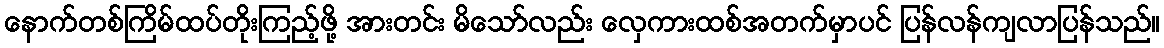
နောက်တစ်ကြိမ်ထပ်တိုးကြည့်ဖို့ အားတင်း မိသော်လည်း လှေကားထစ်အတက်မှာပင် ပြန်လန်ကျလာပြန်သည်။